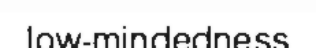
low-mindedness